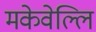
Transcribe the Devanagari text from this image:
मकेवेल्लि